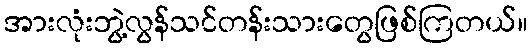
အားလုံးဘွဲ့လွန်သင်တန်းသားတွေဖြစ်ကြတယ်။